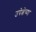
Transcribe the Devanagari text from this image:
उपेक्षेच्या